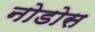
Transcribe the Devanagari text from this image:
नोडोस